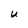
Character: U